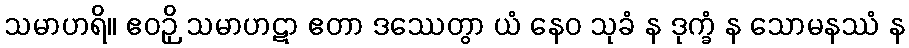
သမာဟရိ။ ဧဝဉှိ သမာဟဋာ ဧတာ ဒဿေတွာ ယံ နေဝ သုခံ န ဒုက္ခံ န သောမနဿံ န